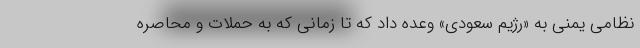
نظامی یمنی به «رژیم سعودی» وعده داد که تا زمانی که به حملات و محاصره